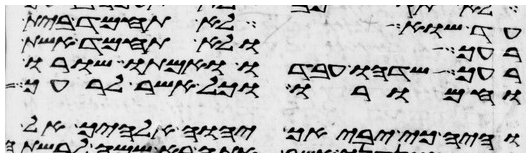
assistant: עד שוא לא תחמד בית
רעך ולא תחמד אשת
רעך שדהו עבדו ואמתו שורו
וחמורו וכל אשר לרעך
והיה כי יביאך יהוה אלהיך אל